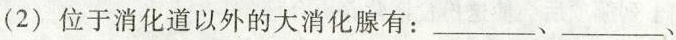
(2)位于消化道以外的大消化腺有：___、___、